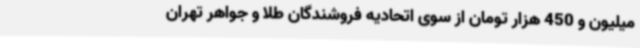
میلیون و 450 هزار تومان از سوی اتحادیه فروشندگان طلا و جواهر تهران